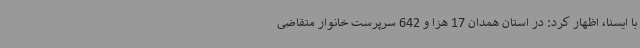
با ایسنا، اظهار کرد: در استان همدان 17 هزا و 642 سرپرست خانوار متقاضی